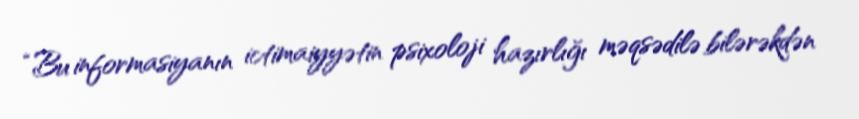
“Bu informasiyanın ictimaiyyətin psixoloji hazırlığı məqsədilə bilərəkdən